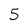
Character: 5